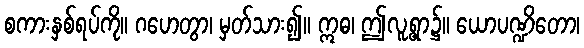
စကားနှစ်ရပ်ကို။ ဂဟေတွာ၊ မှတ်သား၍။ ဣဓ၊ ဤလူ့ရွာ၌။ ယောပဏ္ဍိတော၊